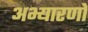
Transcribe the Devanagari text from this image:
अभ्यारणों